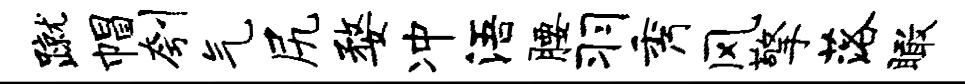
蹴帽刳气尻婺冲浯腰羽秀风擎落瞰